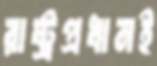
রাষ্ট্রপ্রধানই